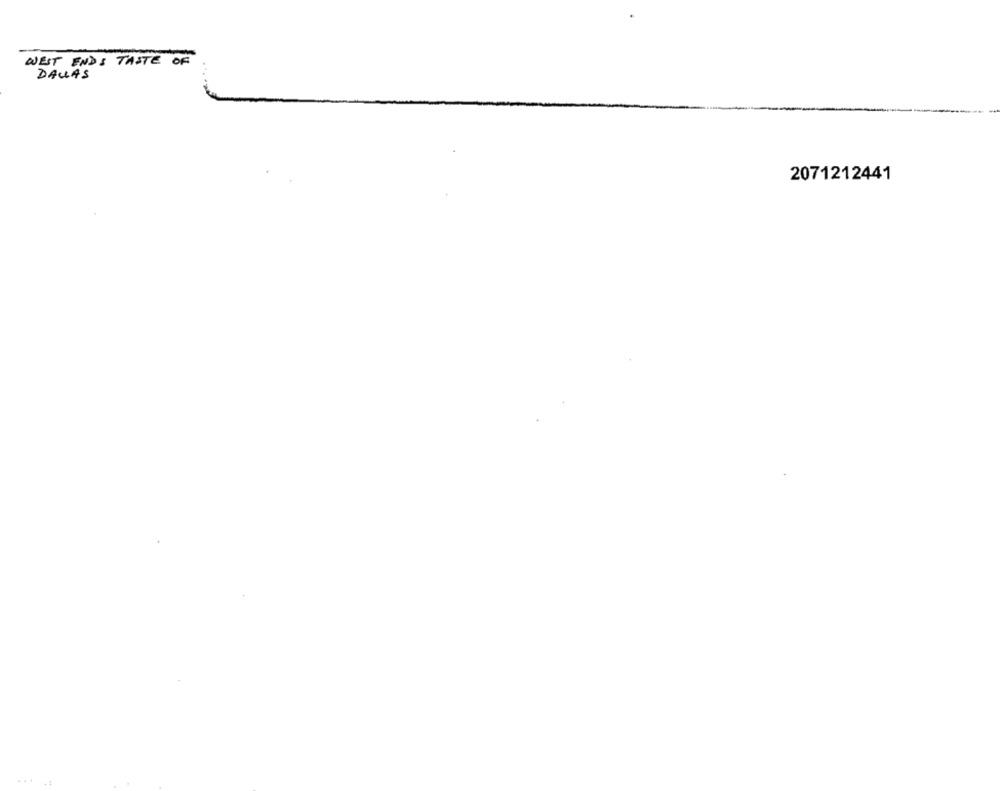
WEST ENDS TASTE OF
DALLAS
2071212441